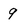
Character: 9